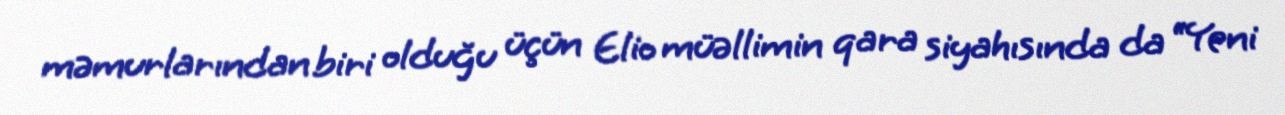
məmurlarından biri olduğu üçün Elio müəllimin qara siyahısında da “Yeni